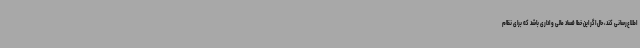
اطلاع‌رسانی کند، حال اگر این خطا فساد مالی و اداری باشد که برای نظام